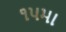
૧૫મા